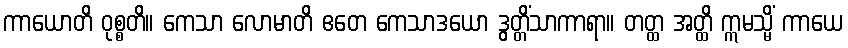
ကာယောတိ ဝုစ္စတိ။ ကေသာ လောမာတိ ဧတေ ကေသာဒယော ဒွတ္တိံသာကာရာ။ တတ္ထ အတ္ထိ ဣမသ္မိံ ကာယေ